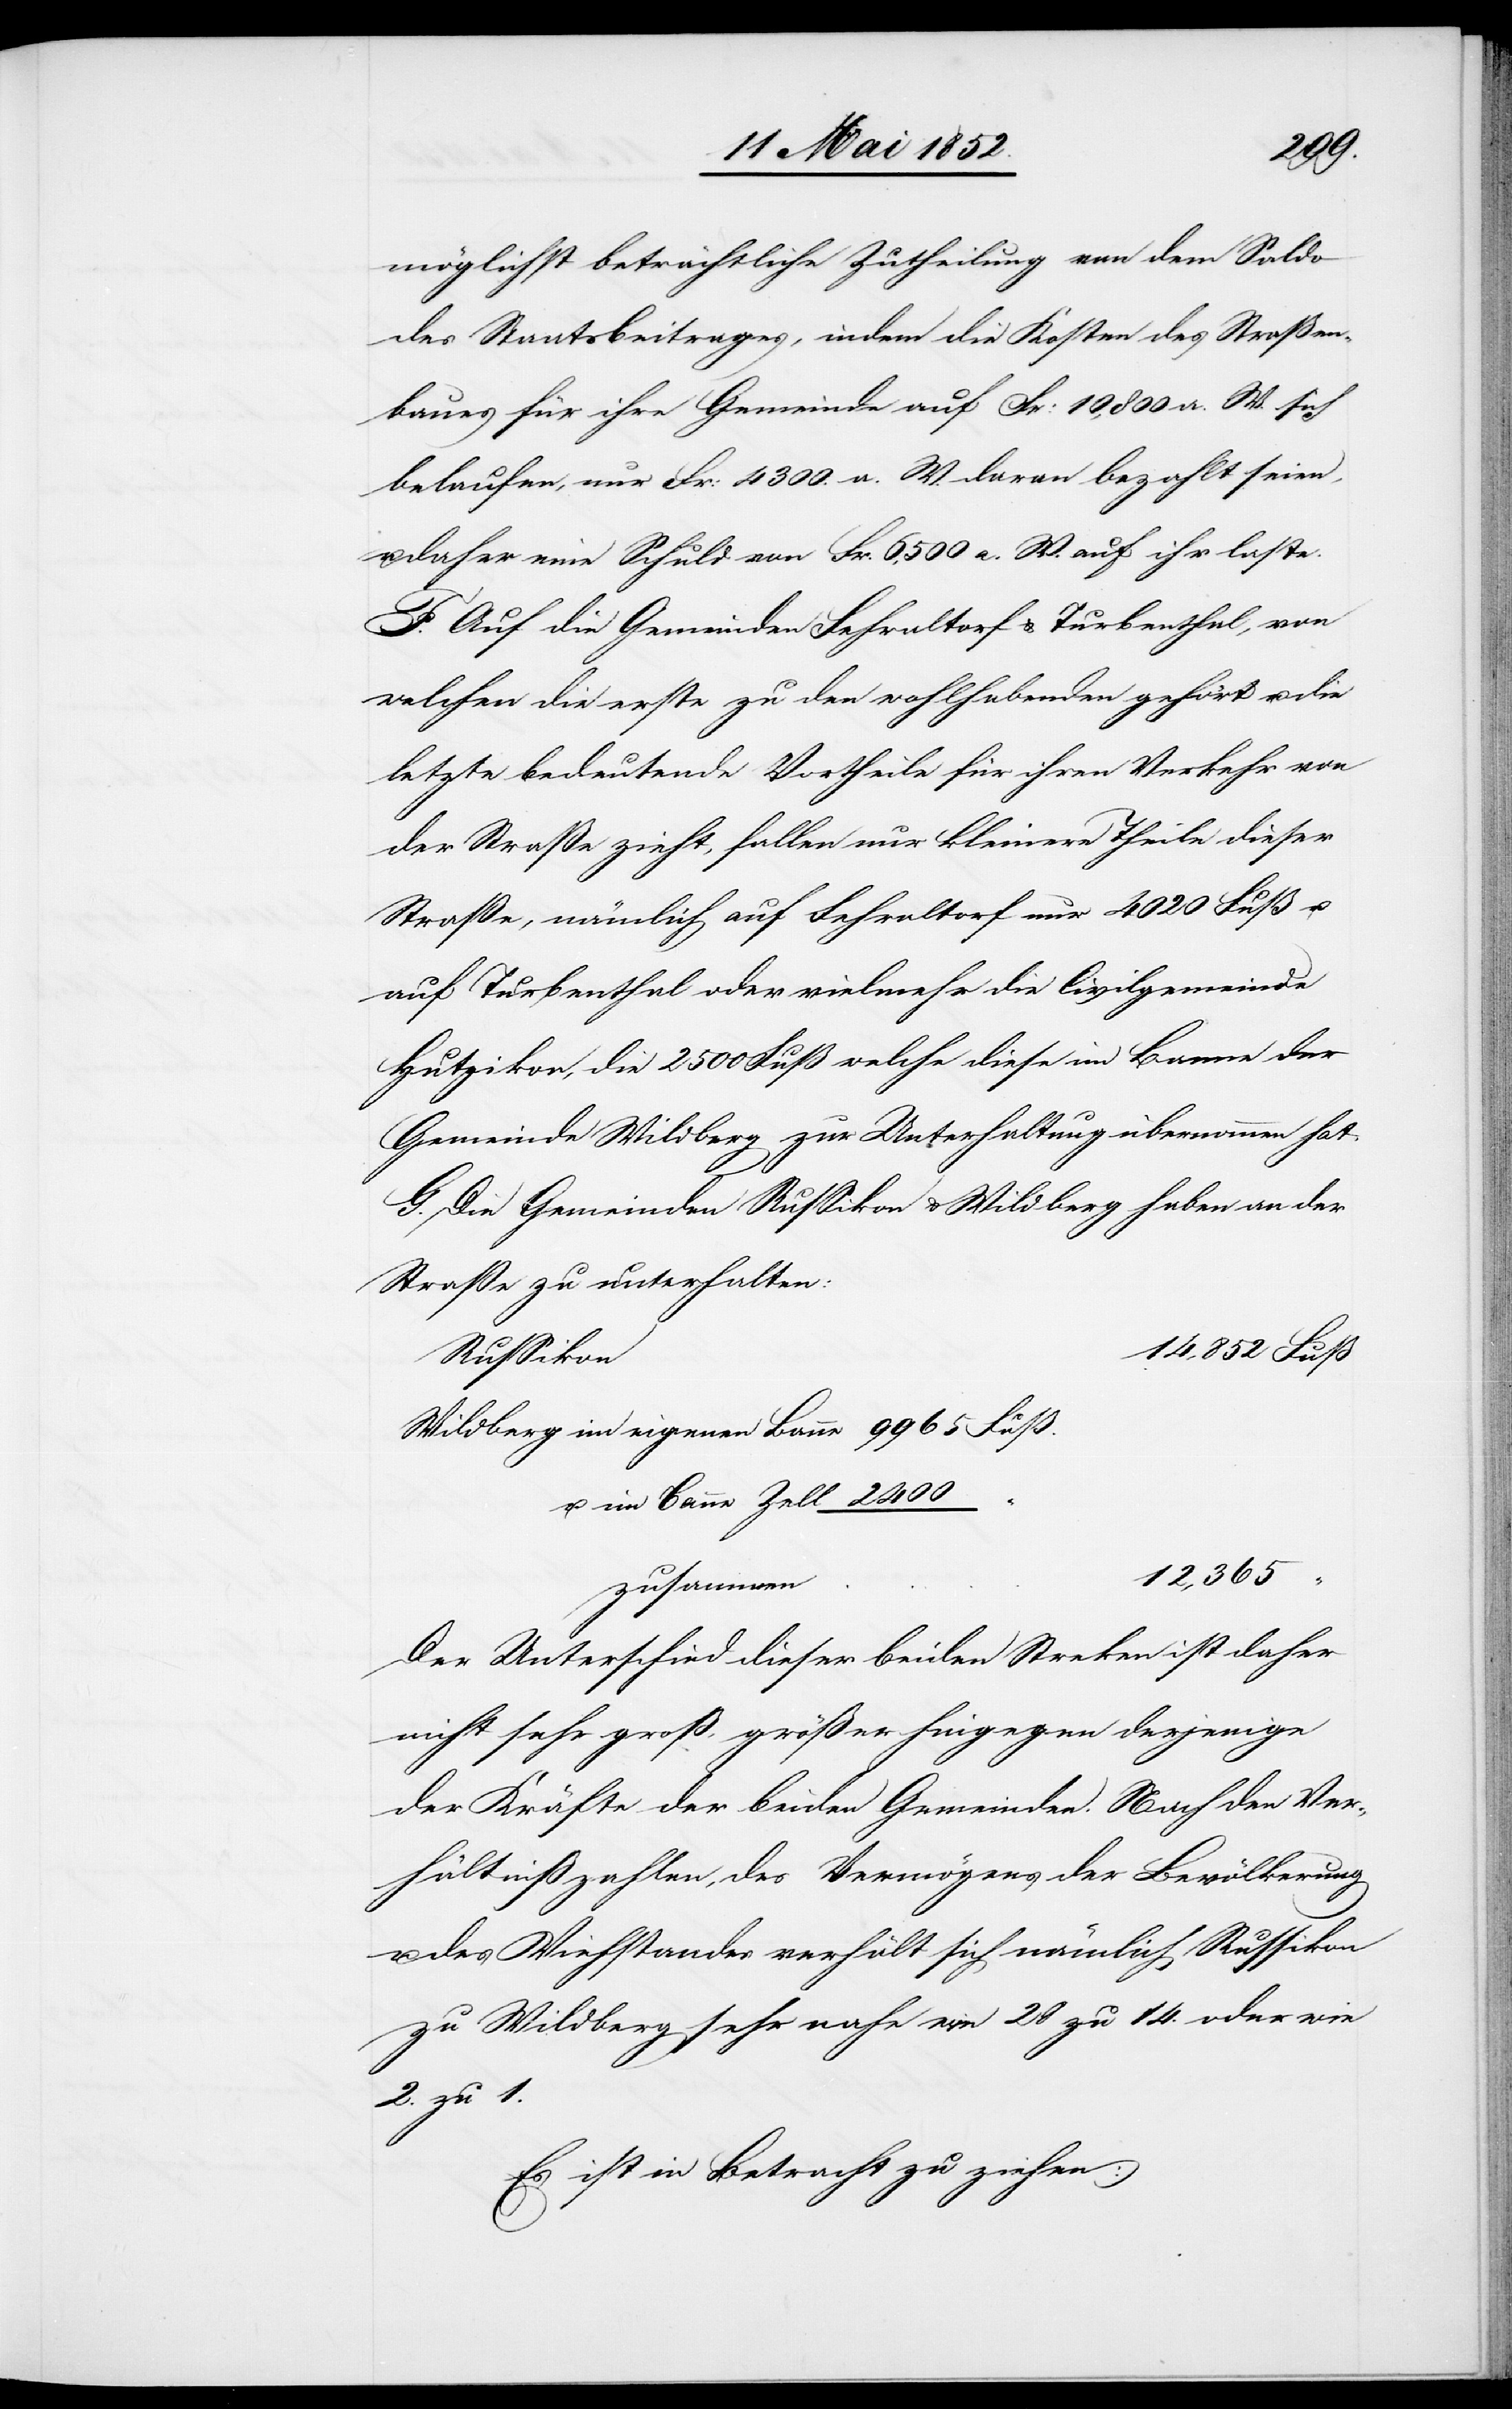
2400
möglichst beträchtliche Zutheilung von dem Saldo
des Staatsbeitrages, indem die Kosten des Straßen¬
baues für ihre Gemeinde auf Fr: 10,800 a. W. sich
belaufen, nur Fr: 4300. a. W. daran bezahlt seien,
daher eine Schuld von Fr. 6,500 a. W. auf ihr laste.
F. Auf die Gemeinden Fehraltorf & Turbenthal, von
welchen die erste zu den wohlhabenden gehört u. die
letzte bedeutende Vortheile für ihren Verkehr von
der Straße zieht, fallen nur kleinere Theile dieser
Straße, nämlich auf Fehraltorf nur 4020 Fuß u.
auf Turbenthal oder vielmehr die Civilgemeinde
Hutzikon, die 2500 Fuß welche diese im Banne der
Gemeinde Wildberg zur Unterhaltung übernommen hat.
G. Die Gemeinden Russikon & Wildberg haben an der
Straße zu unterhalten:
14,852 Fuß
Russikon
12,365 “
zusammen
Der Unterschied dieser beiden Streken ist daher
nicht sehr groß, größer hingegen derjenige
der Kräfte der beiden Gemeinden. Nach den Ver¬
hältnißzahlen, des Vermögens der Bevölkerung
u. des Viehstandes verhält sich nämlich Russikon
zu Wildberg sehr nahe wie 28 zu 14. oder wie
2. zu 1.
Es ist in Betracht zu ziehen: